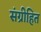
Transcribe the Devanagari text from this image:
संग्रीहित